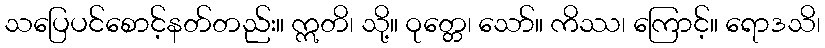
သပြေပင်စောင့်နတ်တည်း။ ဣတိ၊ သို့။ ဝုတ္တေ၊ သော်။ ကိဿ၊ ကြောင့်။ ရောဒသိ၊